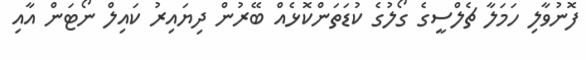
ފޮނުވާލި ހަމަލާ ޗެލްސީގެ ގޯލުގެ ކުޑަތަންކޮޅެއް ބޭރުން ދިޔައިރު ކައިލް ނޯޓަން އާއި